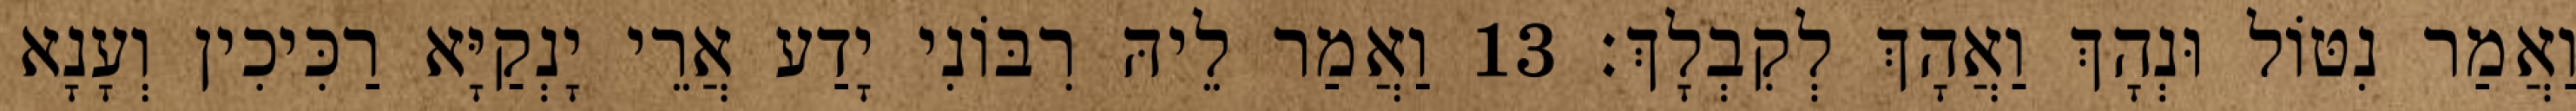
וַאֲמַר נִטּוֹל וּנְהָךְ וַאֲהָךְ לְקִבְלָךְ׃ 13 וַאֲמַר לֵיהּ רִבּוֹנִי יָדַע אֲרֵי יָנְקַיָּא רַכִּיכִין וְעָנָא